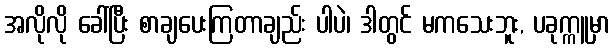
အလိုလို ခေါ်ပြီး စာချပေးကြတာချည်း ပါပဲ၊ ဒါတွင် မကသေးဘူး, ပခုက္ကူမှာ